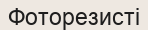
Фоторезисті